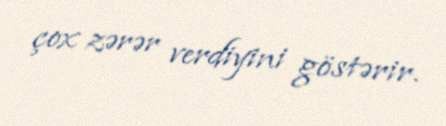
çox zərər verdiyini göstərir.